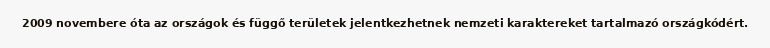
2009 novembere óta az országok és függő területek jelentkezhetnek nemzeti karaktereket tartalmazó országkódért.